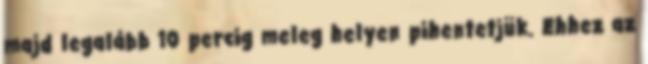
majd legalább 10 percig meleg helyen pihentetjük. Ehhez az